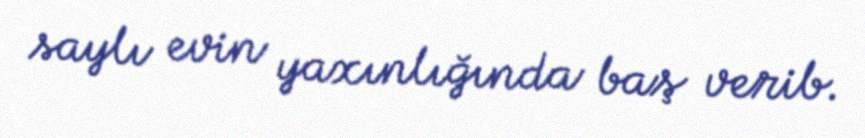
saylı evin yaxınlığında baş verib.